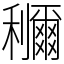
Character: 鿠